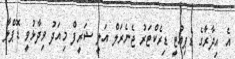
އެ އިދާރާގެ ޑެޕިއުޓީ ޑިރެކްޓަރު ޖެނެރަލް އަލީ ޝަރީފް މިއަދު ވިދާޅުވީ ޑޮޕްލާ